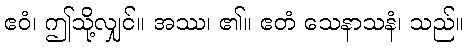
ဧဝံ၊ ဤသို့လျှင်။ အဿ၊ ၏။ ဧတံ သေနာသနံ၊ သည်။